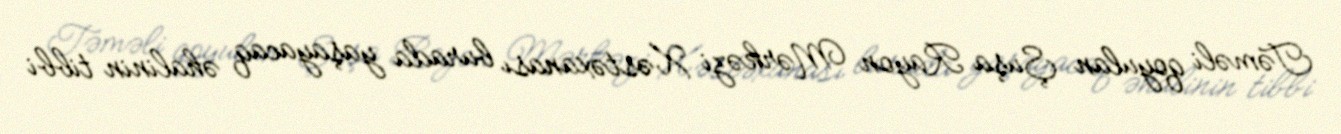
Təməli qoyulan Şuşa Rayon Mərkəzi Xəstəxanası burada yaşayacaq əhalinin tibbi